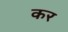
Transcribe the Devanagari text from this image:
कर